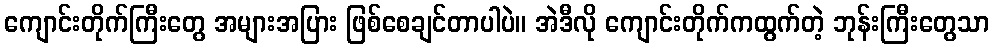
ကျောင်းတိုက်ကြီးတွေ အများအပြား ဖြစ်စေချင်တာပါပဲ။ အဲဒီလို ကျောင်းတိုက်ကထွက်တဲ့ ဘုန်းကြီးတွေသာ